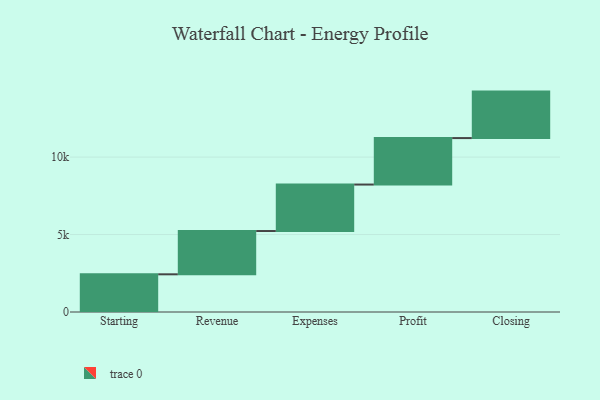
{"axis": {"x": "Step", "y": "Value"}, "legend": [""], "data": [{"x": "Starting", "y": 2433.0, "type": ""}, {"x": "Revenue", "y": 2794.0, "type": ""}, {"x": "Expenses", "y": 3000, "type": ""}, {"x": "Profit", "y": 3000, "type": ""}, {"x": "Closing", "y": 3000, "type": ""}]}